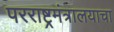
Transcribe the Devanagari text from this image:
परराष्ट्रमंत्रालयाचा